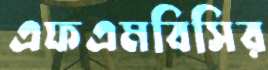
এফএমবিসির